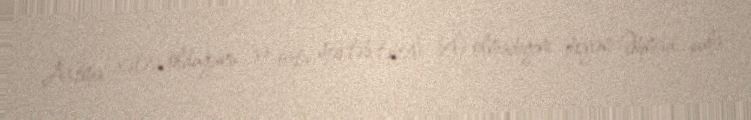
Astma xətəsi olduğunu və orta məktəb təhsili belə olmadığını deyən Əhməd pula